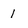
Character: 1